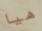
هيا